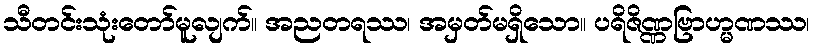
သီတင်းသုံးတော်မူလျက်။ အညတရဿ၊ အမှတ်မရှိသော။ ပရိဇိဏ္ဏဗြာဟ္မဏဿ၊